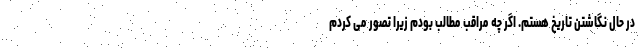
در حال نگاشتن تاریخ هستم. اگر چه مراقب مطالب بودم زیرا تصور می کردم